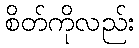
စိတ်ကိုလည်း